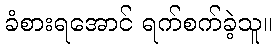
ခံစားရအောင် ရက်စက်ခဲ့သူ။